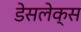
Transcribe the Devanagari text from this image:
डेसलेक्स